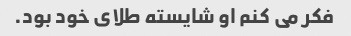
فکر می کنم او شایسته طلای خود بود.